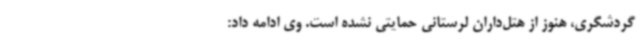
گردشگری، هنوز از هتل‌داران لرستانی حمایتی نشده است. وی ادامه داد: